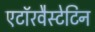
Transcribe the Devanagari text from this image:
एटॉरवैस्टेटिन